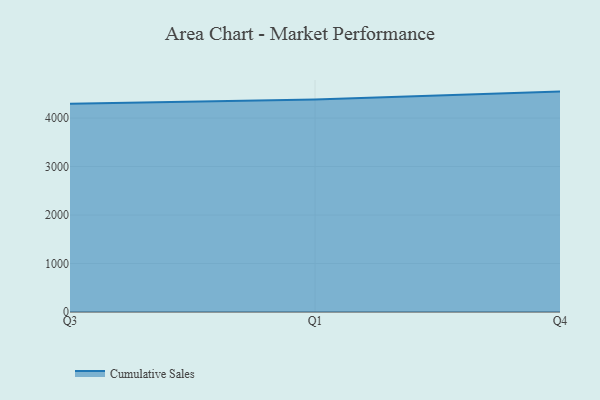
{"axis": {"x": "Quarter", "y": "Customer Acquisition Cost (USD)"}, "legend": ["Cumulative Sales"], "data": [{"x": "Q3", "y": 4295.3, "type": "Cumulative Sales"}, {"x": "Q1", "y": 4384.1, "type": "Cumulative Sales"}, {"x": "Q4", "y": 4545.5, "type": "Cumulative Sales"}]}